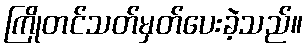
ကြိုတင်သတ်မှတ်ပေးခဲ့သည်။